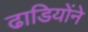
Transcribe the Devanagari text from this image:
ढाडियोंने